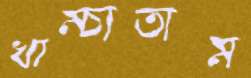
খাম্‌চাতাম